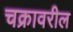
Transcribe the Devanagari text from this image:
चक्रावरील